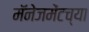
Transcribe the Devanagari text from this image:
मॅनेजमेंटच्या